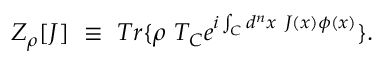
Z _ { \rho } [ J ] \ \equiv \ T r \{ \rho \ T _ { C } e ^ { i \int _ { C } d ^ { n } x \ J ( x ) \phi ( x ) } \} .